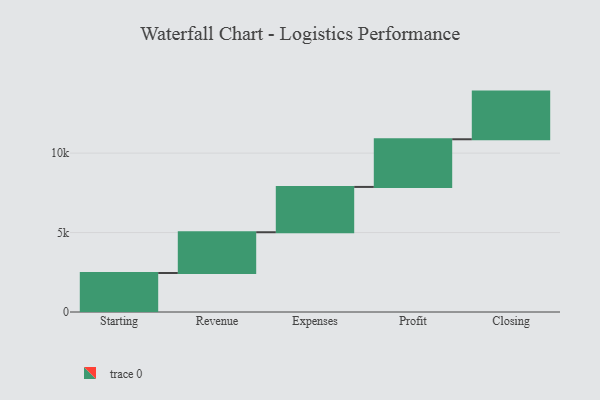
{"axis": {"x": "Step", "y": "Value"}, "legend": [""], "data": [{"x": "Starting", "y": 2455.0, "type": ""}, {"x": "Revenue", "y": 2565.0, "type": ""}, {"x": "Expenses", "y": 2852.0, "type": ""}, {"x": "Profit", "y": 3000, "type": ""}, {"x": "Closing", "y": 3000, "type": ""}]}